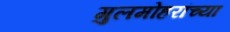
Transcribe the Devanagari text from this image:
गुलमोहरांच्या